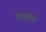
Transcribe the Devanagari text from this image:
ऐरवॉन